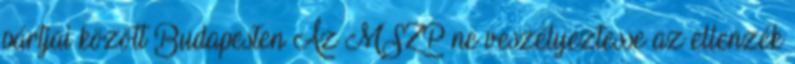
pártjai között Budapesten Az MSZP ne veszélyeztesse az ellenzék